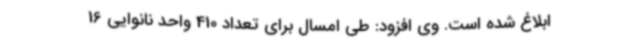
ابلاغ شده است. وی افزود: طی امسال برای تعداد 410 واحد نانوایی 16